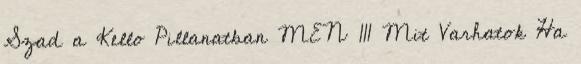
Szad a Kello Pillanatban MEN 111 Mit Varhatok Ha